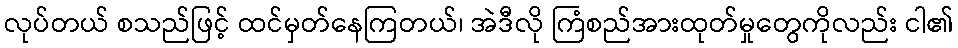
လုပ်တယ် စသည်ဖြင့် ထင်မှတ်နေကြတယ်၊ အဲဒီလို ကြံစည်အားထုတ်မှုတွေကိုလည်း ငါ၏